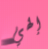
إلهي